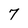
Character: 7